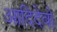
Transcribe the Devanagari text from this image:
आदिदेवो